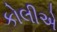
કોલીએ